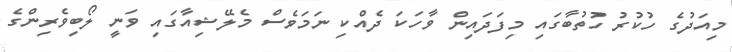
މިއަދުގެ ހުކުރު ހުތުބާގައި މިފަދައިން ވާހަކަ ދެއްކި ނަމަވެސް މެލޭޝިއާގައި ވަނީ ލޯބިވެރިންގެ